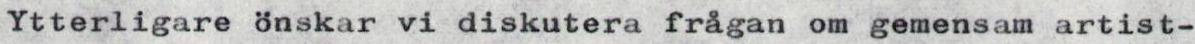
Ytterligare önskar vi diskutera frågan om gemensam artist-